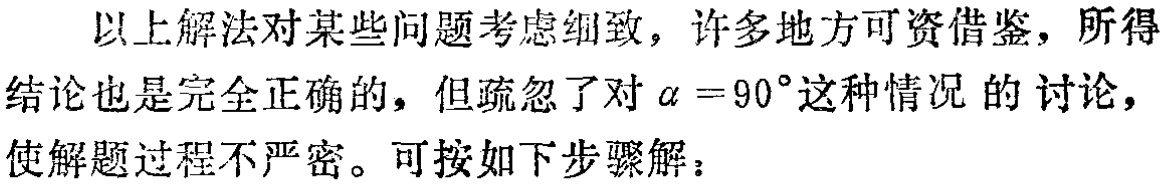
以上解法对某些问题考虑细致，许多地方可资借鉴，所得结论也是完全正确的，但疏忽了对\(\alpha = 90^{\circ}\)这种情况 的讨论，使解题过程不严密。可按如下步骤解：